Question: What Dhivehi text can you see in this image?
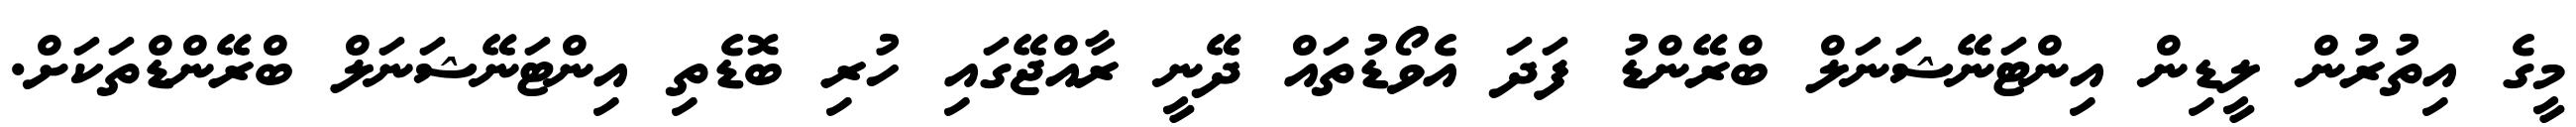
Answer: މީގެ އިތުރުން ލީޑިން އިންޓަނޭޝަނަލް ބްރޭންޑު ފަދަ އެވޯޑުތައް ދޭނީ ރާއްޖޭގައި ހުރި ބޮޑެތި އިންޓަނޭޝަނަލް ބްރޭންޑްތަކަށް.